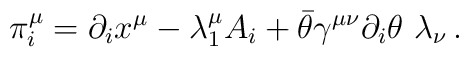
\pi _i^\mu =\partial _ix^\mu -\lambda _1^\mu A_i+\bar{\theta}\gamma ^{\mu\nu }\partial _i\theta \,\,\lambda _\nu \,.